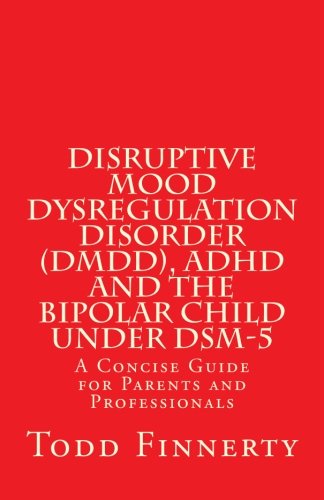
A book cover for Disruptive Mood Dysregulation Disorder (DMDD), ADHD and the Bipolar Child Under DSM-5: A Concise Guide for Parents and Professionals; Todd Finnerty; Health, Fitness & Dieting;